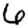
Digit: 6